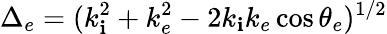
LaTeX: \Delta_{e}=(k_{\mathbf{i}}^{2}+k_{e}^{2}-2k_{\mathbf{i}}k_{e}\cos\theta_{e})^{1/2}